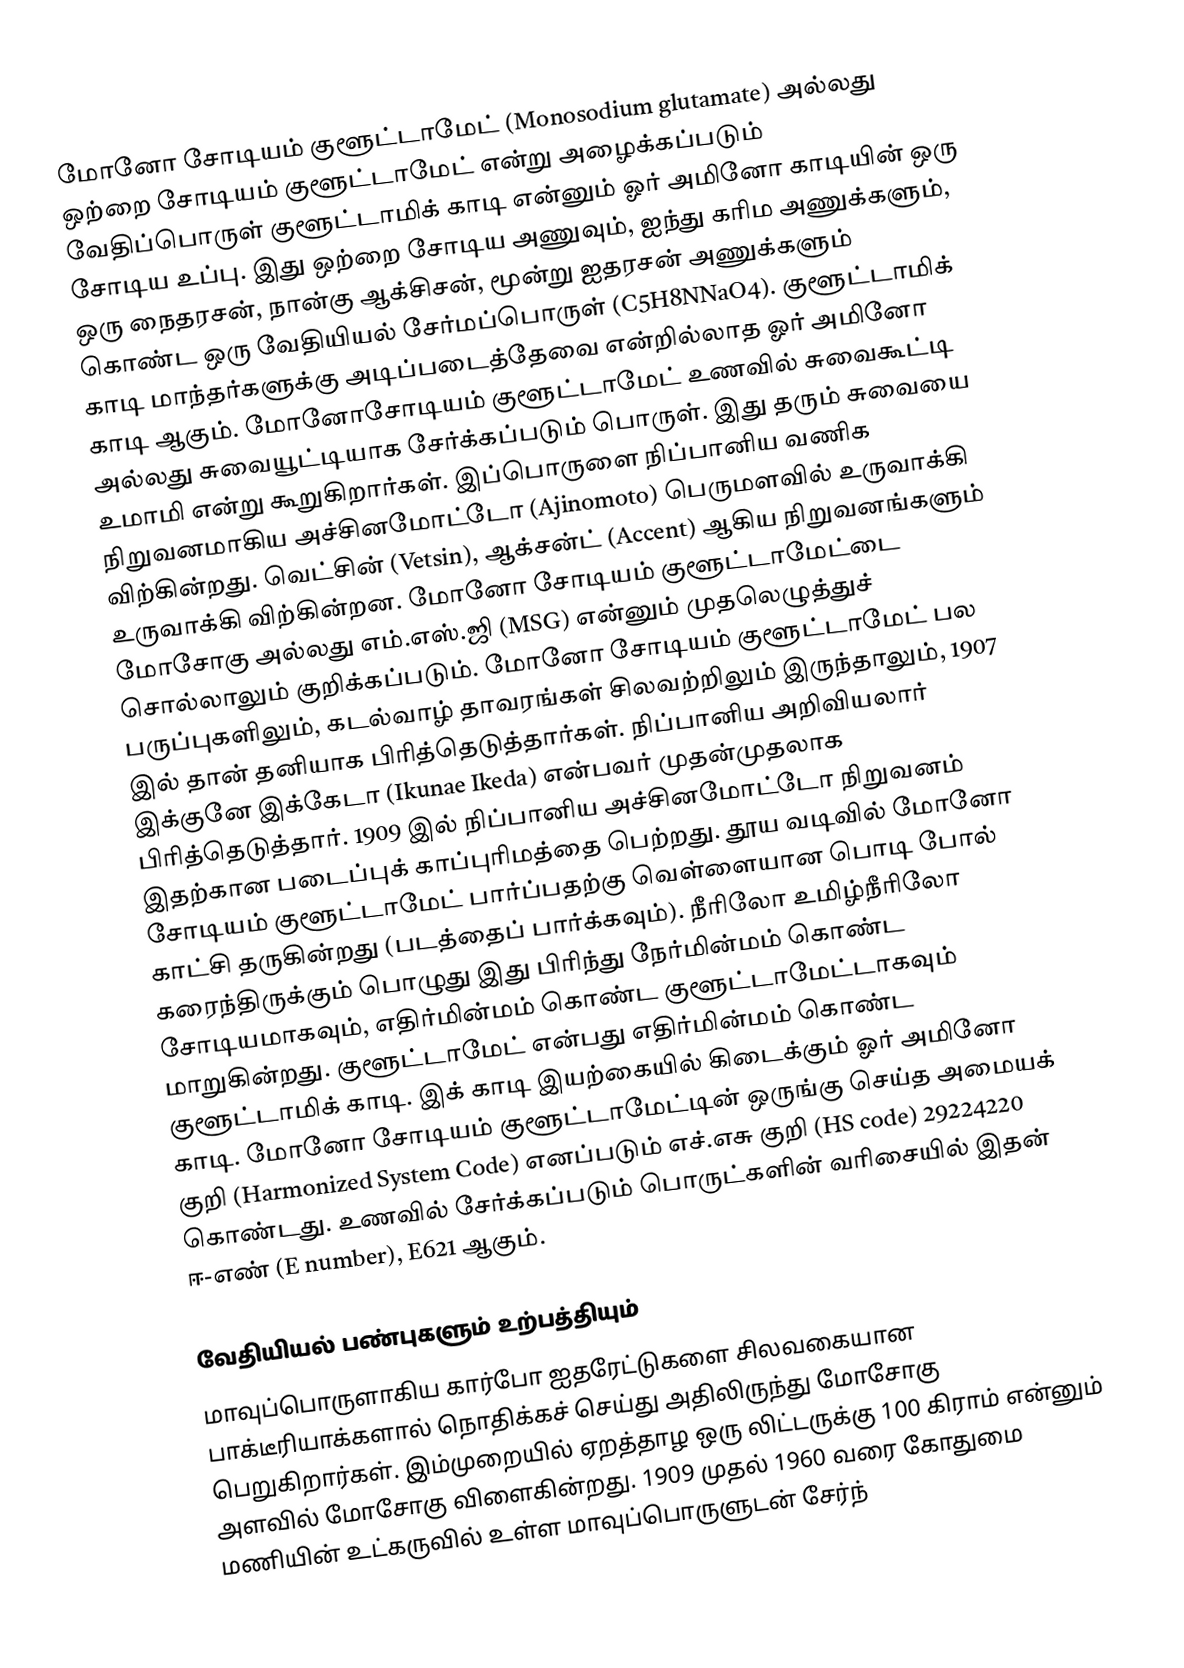
மோனோ சோடியம் குளூட்டாமேட் (Monosodium glutamate) அல்லது ஒற்றை சோடியம் குளூட்டாமேட் என்று அழைக்கப்படும் வேதிப்பொருள் குளூட்டாமிக் காடி என்னும் ஓர் அமினோ காடியின் ஒரு சோடிய உப்பு. இது ஒற்றை சோடிய அணுவும், ஐந்து கரிம அணுக்களும், ஒரு நைதரசன், நான்கு ஆக்சிசன், மூன்று ஐதரசன் அணுக்களும் கொண்ட ஒரு வேதியியல் சேர்மப்பொருள் (C5H8NNaO4). குளூட்டாமிக் காடி மாந்தர்களுக்கு அடிப்படைத்தேவை என்றில்லாத ஓர் அமினோ காடி ஆகும். மோனோசோடியம் குளூட்டாமேட் உணவில் சுவைகூட்டி அல்லது சுவையூட்டியாக சேர்க்கப்படும் பொருள். இது தரும் சுவையை உமாமி என்று கூறுகிறார்கள். இப்பொருளை நிப்பானிய வணிக நிறுவனமாகிய அச்சினமோட்டோ (Ajinomoto) பெருமளவில் உருவாக்கி விற்கின்றது. வெட்சின் (Vetsin), ஆக்சன்ட் (Accent) ஆகிய நிறுவனங்களும் உருவாக்கி விற்கின்றன. மோனோ சோடியம் குளூட்டாமேட்டை மோசோகு அல்லது எம்.எஸ்.ஜி (MSG) என்னும் முதலெழுத்துச் சொல்லாலும் குறிக்கப்படும்.  மோனோ சோடியம் குளூட்டாமேட் பல பருப்புகளிலும், கடல்வாழ் தாவரங்கள் சிலவற்றிலும் இருந்தாலும், 1907 இல் தான் தனியாக பிரித்தெடுத்தார்கள். நிப்பானிய அறிவியலார் இக்குனே இக்கேடா (Ikunae Ikeda) என்பவர் முதன்முதலாக பிரித்தெடுத்தார். 1909 இல் நிப்பானிய அச்சினமோட்டோ நிறுவனம் இதற்கான படைப்புக் காப்புரிமத்தை பெற்றது. தூய வடிவில் மோனோ சோடியம் குளூட்டாமேட் பார்ப்பதற்கு வெள்ளையான பொடி போல் காட்சி தருகின்றது (படத்தைப் பார்க்கவும்). நீரிலோ உமிழ்நீரிலோ கரைந்திருக்கும் பொழுது இது பிரிந்து நேர்மின்மம் கொண்ட சோடியமாகவும், எதிர்மின்மம் கொண்ட குளூட்டாமேட்டாகவும் மாறுகின்றது. குளூட்டாமேட் என்பது எதிர்மின்மம் கொண்ட குளூட்டாமிக் காடி. இக் காடி இயற்கையில் கிடைக்கும் ஓர் அமினோ காடி. மோனோ சோடியம் குளூட்டாமேட்டின் ஒருங்கு செய்த அமையக் குறி (Harmonized System Code) எனப்படும் எச்.எசு குறி (HS code) 29224220 கொண்டது. உணவில் சேர்க்கப்படும் பொருட்களின் வரிசையில் இதன் ஈ-எண் (E number), E621 ஆகும்.

வேதியியல் பண்புகளும் உற்பத்தியும்
மாவுப்பொருளாகிய கார்போ ஐதரேட்டுகளை சிலவகையான பாக்டீரியாக்களால் நொதிக்கச் செய்து அதிலிருந்து மோசோகு பெறுகிறார்கள். இம்முறையில் ஏறத்தாழ ஒரு லிட்டருக்கு 100 கிராம் என்னும் அளவில் மோசோகு விளைகின்றது. 1909 முதல் 1960 வரை கோதுமை மணியின் உட்கருவில் உள்ள மாவுப்பொருளுடன் சேர்ந்